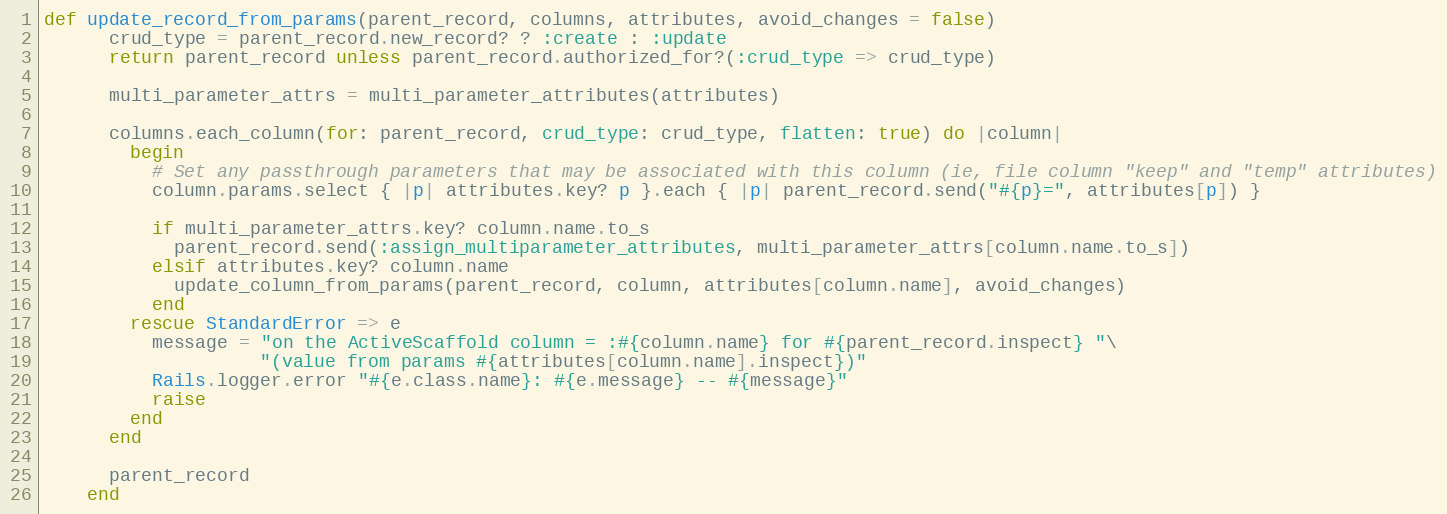
Language: Ruby
def update_record_from_params(parent_record, columns, attributes, avoid_changes = false)
      crud_type = parent_record.new_record? ? :create : :update
      return parent_record unless parent_record.authorized_for?(:crud_type => crud_type)

      multi_parameter_attrs = multi_parameter_attributes(attributes)

      columns.each_column(for: parent_record, crud_type: crud_type, flatten: true) do |column|
        begin
          # Set any passthrough parameters that may be associated with this column (ie, file column "keep" and "temp" attributes)
          column.params.select { |p| attributes.key? p }.each { |p| parent_record.send("#{p}=", attributes[p]) }

          if multi_parameter_attrs.key? column.name.to_s
            parent_record.send(:assign_multiparameter_attributes, multi_parameter_attrs[column.name.to_s])
          elsif attributes.key? column.name
            update_column_from_params(parent_record, column, attributes[column.name], avoid_changes)
          end
        rescue StandardError => e
          message = "on the ActiveScaffold column = :#{column.name} for #{parent_record.inspect} "\
                    "(value from params #{attributes[column.name].inspect})"
          Rails.logger.error "#{e.class.name}: #{e.message} -- #{message}"
          raise
        end
      end

      parent_record
    end